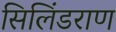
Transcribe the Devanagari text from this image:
सिलिंडराण